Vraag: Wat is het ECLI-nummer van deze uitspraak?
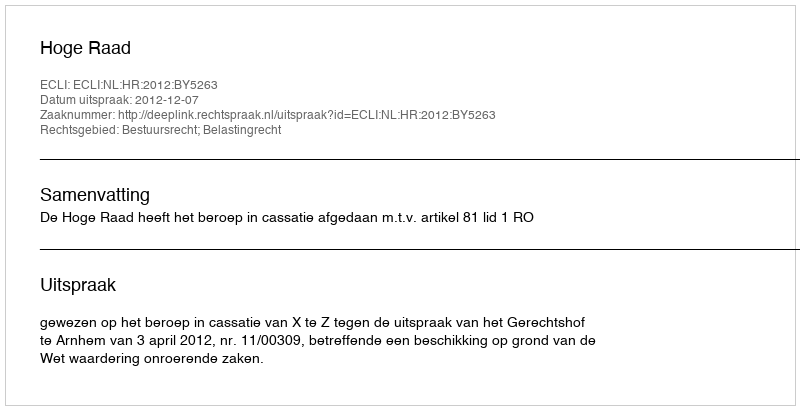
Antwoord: ECLI:NL:HR:2012:BY5263